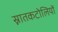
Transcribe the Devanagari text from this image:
स्नातकटोलियों